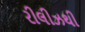
રીલીઝથી